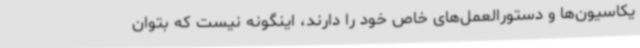
یکاسیون‌ها و دستورالعمل‌های خاص خود را دارند، اینگونه نیست که بتوان